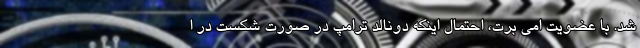
شد. با عضویت امی برت، احتمال اینکه دونالد ترامپ در صورت شکست در ا